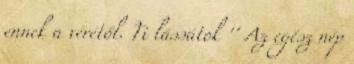
ennek a vérétől. Ti lássátok '' Az egész nép